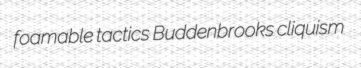
foamable tactics Buddenbrooks cliquism